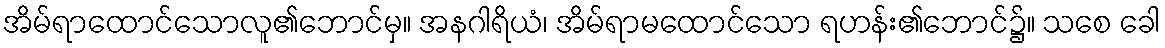
အိမ်ရာထောင်သောလူ၏ဘောင်မှ။ အနဂါရိယံ၊ အိမ်ရာမထောင်သော ရဟန်း၏ဘောင်၌။ သစေ ခေါ